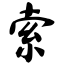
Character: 索